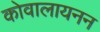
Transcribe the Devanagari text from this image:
कोवालायनन